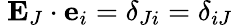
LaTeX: \ \mathbf{E}_{J}\cdot\mathbf{e}_{i}=\delta_{Ji}=\delta_{iJ}